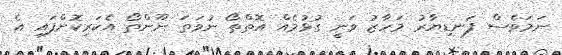
ނަމަވެސް ފަނޑިޔާރު މަހާޒު ވަނީ ގުޅުމެއް އޮތްތޯ ނުވަތަ ނޫންތޯ އެކަރިކޮށްފައި އެ